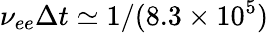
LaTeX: \nu_{ee}\Delta t\simeq 1/(8.3\times 10^{5})